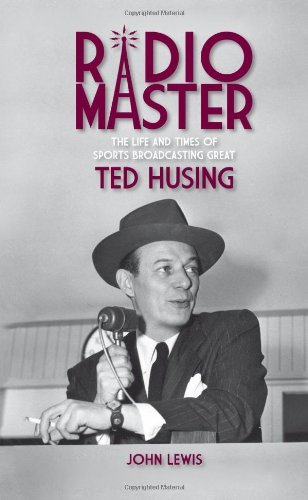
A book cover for By John Lewis: Radio Master - The Life and Times of Sports Broadcasting Great Ted Husing; Inc.)- -Langdon Street Press (a division of Hillcrest Publishing Group; Sports & Outdoors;